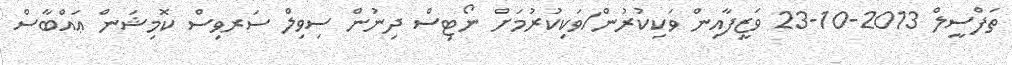
ތަފްސީލް 2013-10-23 ވަޒީފާއިން ވަކިކުރުން/ވަކިކުރުމަށް ނޯޓިސް ދިނުން ސިވިލް ސަރވިސް ކޮމިޝަން ޢައްބާސް